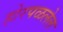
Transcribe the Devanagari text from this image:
होरपळलेल